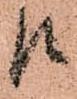
江